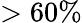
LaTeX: >60\%